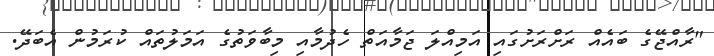
"ރާއްޖޭގެ ބައެއް ރަށްރަށުގައި އަމިއްލަ ޖަމާއަތް ހެދުމާއި މިބާވަތުގެ އަމަލުތައް ކުރަމުން އެބަދޭ.